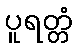
ပူရတ္တံ